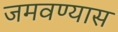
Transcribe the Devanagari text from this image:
जमवण्यास